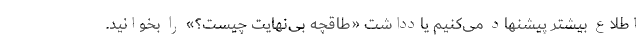
اطلاع بیشتر پیشنهاد می‌کنیم یادداشت «طاقچه بی‌نهایت چیست؟» را بخوانید.